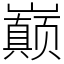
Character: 巅